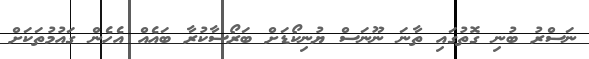
ނަސްރު ބުނި ގޮތުގައި ތާނަ ނޫނަސް ޔުނިކޯޑަށް ބަރޯސާކުރާ ބައެއް އެހެން ގައުމުތަކަށް